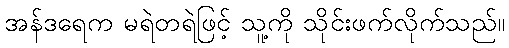
အန်ဒရေက မရဲတရဲဖြင့် သူ့ကို သိုင်းဖက်လိုက်သည်။